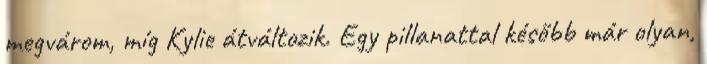
megvárom, míg Kylie átváltozik. Egy pillanattal később már olyan,